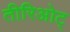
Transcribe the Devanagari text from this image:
तीरिओट्